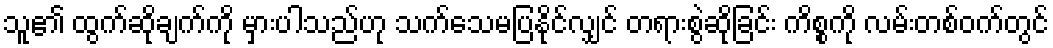
သူ၏ ထွက်ဆိုချက်ကို မှားပါသည်ဟု သက်သေမပြနိုင်လျှင် တရားစွဲဆိုခြင်း ကိစ္စကို လမ်းတစ်ဝက်တွင်